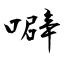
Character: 噼